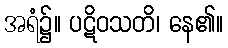
အရံ၌။ ပဋိဝသတိ၊ နေ၏။